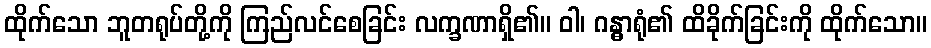
ထိုက်သော ဘူတရုပ်တို့ကို ကြည်လင်စေခြင်း လက္ခဏာရှိ၏။ ဝါ၊ ဂန္ဓာရုံ၏ ထိခိုက်ခြင်းကို ထိုက်သော။